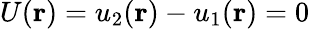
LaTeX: U(\mathbf{r})=u_{2}(\mathbf{r})-u_{1}(\mathbf{r})=0